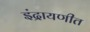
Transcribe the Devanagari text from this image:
इंद्रायणीत